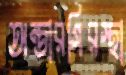
অন্তারগিরস্থা